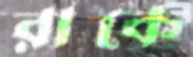
রাকে